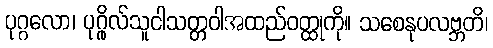
ပုဂ္ဂလော၊ ပုဂ္ဂိုလ်သူငါသတ္တဝါအထည်ဝတ္ထုကို။ သစေနုပလဗ္ဘတိ၊